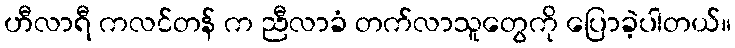
ဟီလာရီ ကလင်တန် က ညီလာခံ တက်လာသူတွေကို ပြောခဲ့ပါတယ်။